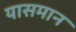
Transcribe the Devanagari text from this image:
यासमान